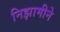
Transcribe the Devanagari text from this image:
निझामीने